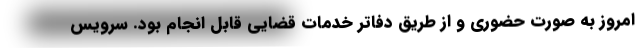
امروز به صورت حضوری و از طریق دفاتر خدمات قضایی قابل انجام بود. سرویس